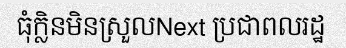
ធុំក្លិនមិនស្រួលNext ប្រជាពលរដ្ឋ